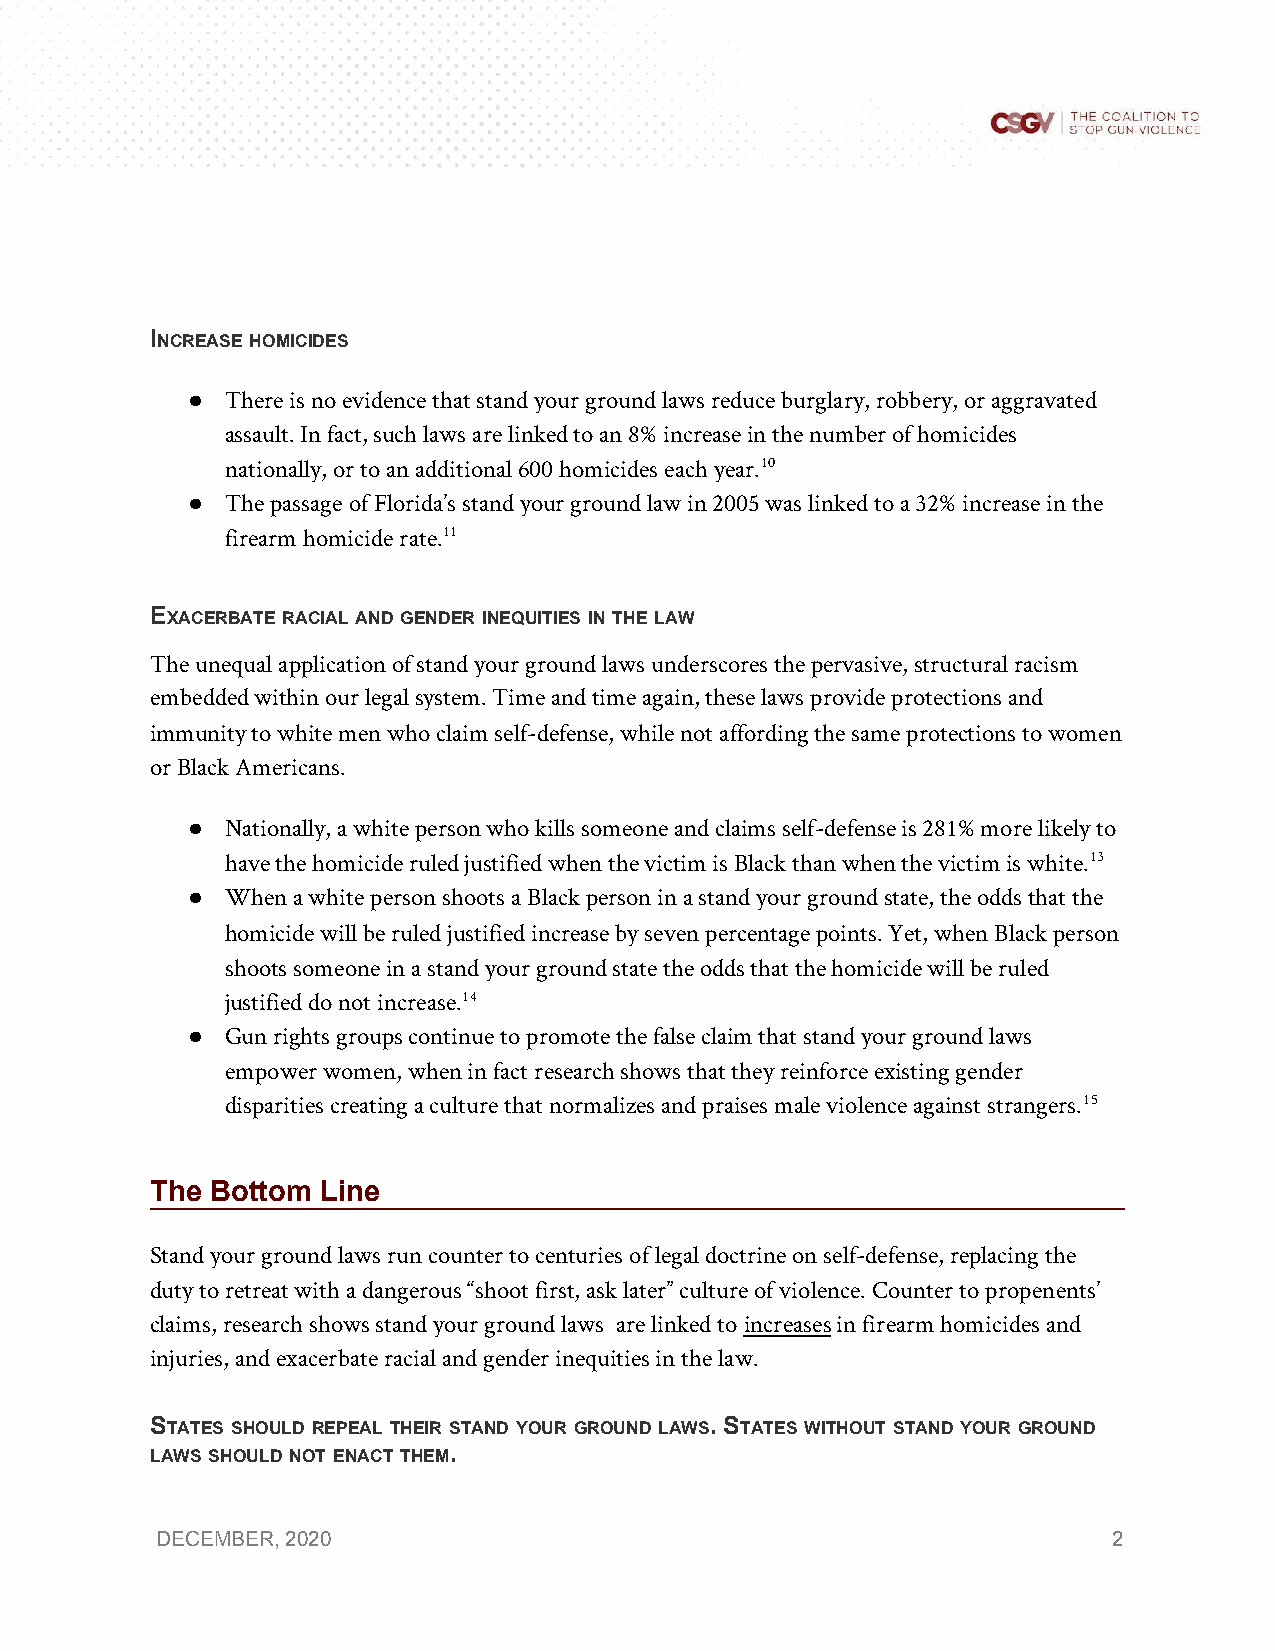
INCREASE HOMICIDES
 ​     ​ ​
 ●  There is no evidence that stand your ground laws reduce burglary, robbery, or aggravated
 assault. In fact, such laws are linked to an 8% increase in the number of homicides
 nationally, or to an additional 600 homicides each year.​10
 ●  The passage of Florida’s stand your ground law in 2005 was linked to a 32% increase in the
 firearm homicide rate.​11
 EXACERBATE RACIAL AND GENDER INEQUITIES IN THE LAW
 ​      ​ ​  ​ ​ ​ ​ ​ ​    ​ ​ ​ ​ ​ ​
 The unequal application of stand your ground laws underscores the pervasive, structural racism
 embedded within our legal system. Time and time again, these laws provide protections and
 immunity to white men who claim self-defense, while not affording the same protections to women
 or Black Americans.
 ●  Nationally, a white person who kills someone and claims self-defense is 281% more likely to
 have the homicide ruled justified when the victim is Black than when the victim is white.​13
 ●  When a white person shoots a Black person in a stand your ground state, the odds that the
 homicide will be ruled justified increase by seven percentage points. Yet, when Black person
 shoots someone in a stand your ground state the odds that the homicide will be ruled
 justified do not increase.​14
 ●  Gun rights groups continue to promote the false claim that stand your ground laws
 empower women, when in fact research shows that they reinforce existing gender
 disparities creating a culture that normalizes and praises male violence against strangers.​15
 The Bottom Line
 Stand your ground laws run counter to centuries of legal doctrine on self-defense, replacing the
 duty to retreat with a dangerous “shoot first, ask later” culture of violence. Counter to propenents’
 claims, research shows stand your ground laws are linked to i​ ncreases ​in firearm homicides and
 injuries, and exacerbate racial and gender inequities in the law.
 STATES SHOULD REPEAL THEIR STAND YOUR GROUND LAWS. STATES WITHOUT STAND YOUR GROUND
 ​   ​ ​  ​ ​  ​ ​ ​ ​  ​ ​ ​ ​  ​ ​ ​ ​   ​ ​   ​ ​ ​ ​ ​ ​
 LAWS SHOULD NOT ENACT THEM.
 ​ ​   ​ ​ ​ ​ ​ ​ ​
 DECEMBER, 2020                                                  2
 ​